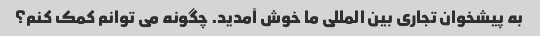
به پیشخوان تجاری بین المللی ما خوش آمدید. چگونه می توانم کمک کنم؟